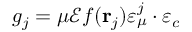
g _ { j } = \mu \mathcal { E } f ( \mathbf r _ { j } ) \boldsymbol \varepsilon _ { \mu } ^ { j } \cdot \boldsymbol \varepsilon _ { c }